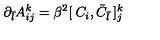
\partial _ { \bar { l } } A _ { i j } ^ { k } = \beta ^ { 2 } [ \: C _ { i } , { \bar { C } } _ { \bar { l } } \: ] _ { j } ^ { k }